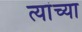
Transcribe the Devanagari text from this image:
त्यांच्या